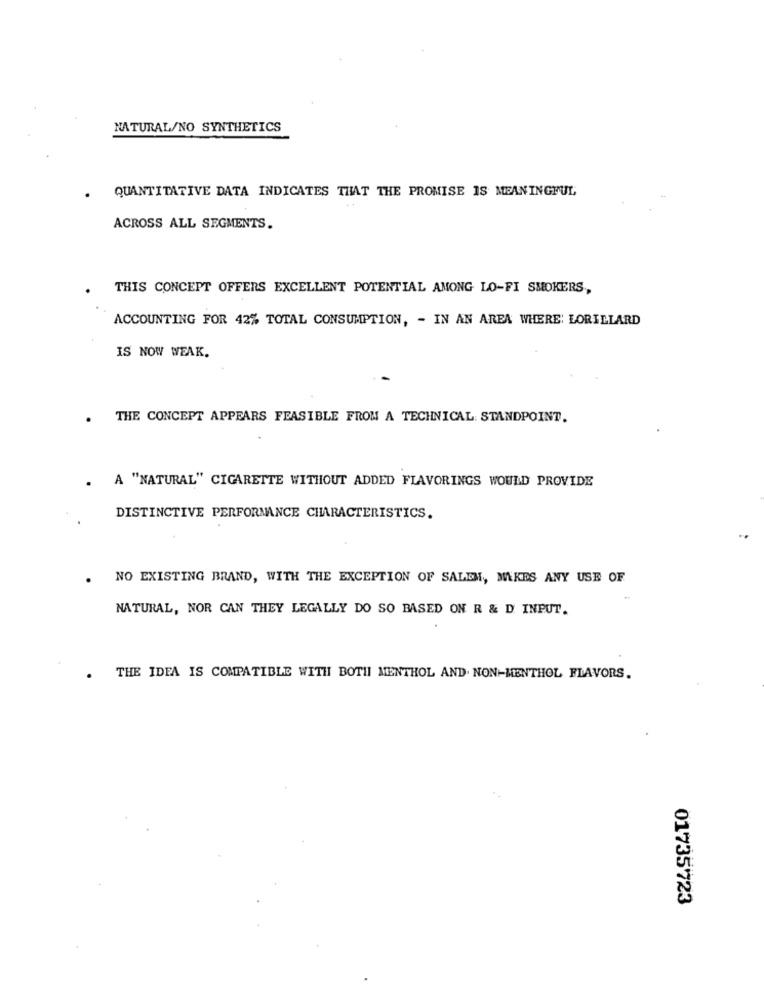
NATURAL/NO SYNTHETICS
QUANTITATIVE DATA INDICATES THAT THE PROMISE IS MEANINGFUL
ACROSS ALL SEGMENTS.
THIS CONCEPT OFFERS EXCELLENT POTENTIAL AMONG LO-FI SMOKERS,
ACCOUNTING FOR 42% TOTAL CONSUMPTION, - IN AN AREA WHERE: LORILLARD
IS NOW WEAK.
. THE CONCEPT APPEARS FEASIBLE FROM A TECHNICAL: STANDPOINT.
. A "NATURAL" CIGARETTE WITHOUT ADDED FLAVORINGS WOULD PROVIDE
DISTINCTIVE PERFORMANCE CHARACTERISTICS.
NO EXISTING BRAND, WITH THE EXCEPTION OF SALEM, MAKES ANY USE OF
NATURAL, NOR CAN THEY LEGALLY DO SO BASED ON R & D INPUT.
. THE IDEA IS COMPATIBLE WITH BOTH MENTHOL AND. NON-MENTHOL FLAVORS.
01735723